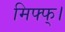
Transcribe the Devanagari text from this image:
मिफ्फ्।